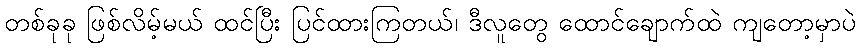
တစ်ခုခု ဖြစ်လိမ့်မယ် ထင်ပြီး ပြင်ထားကြတယ်၊ ဒီလူတွေ ထောင်ချောက်ထဲ ကျတော့မှာပဲ